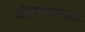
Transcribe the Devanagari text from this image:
सौरवातामध्ये